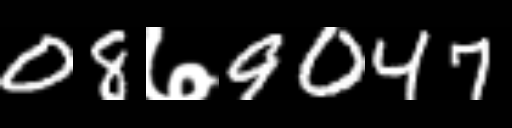
Text: 08७9047